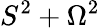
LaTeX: S^{2}+\Omega^{2}